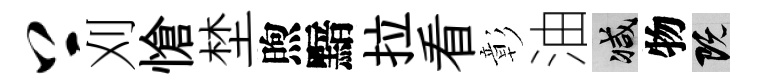
上刈愴埜煦黯拉看彰油减物既